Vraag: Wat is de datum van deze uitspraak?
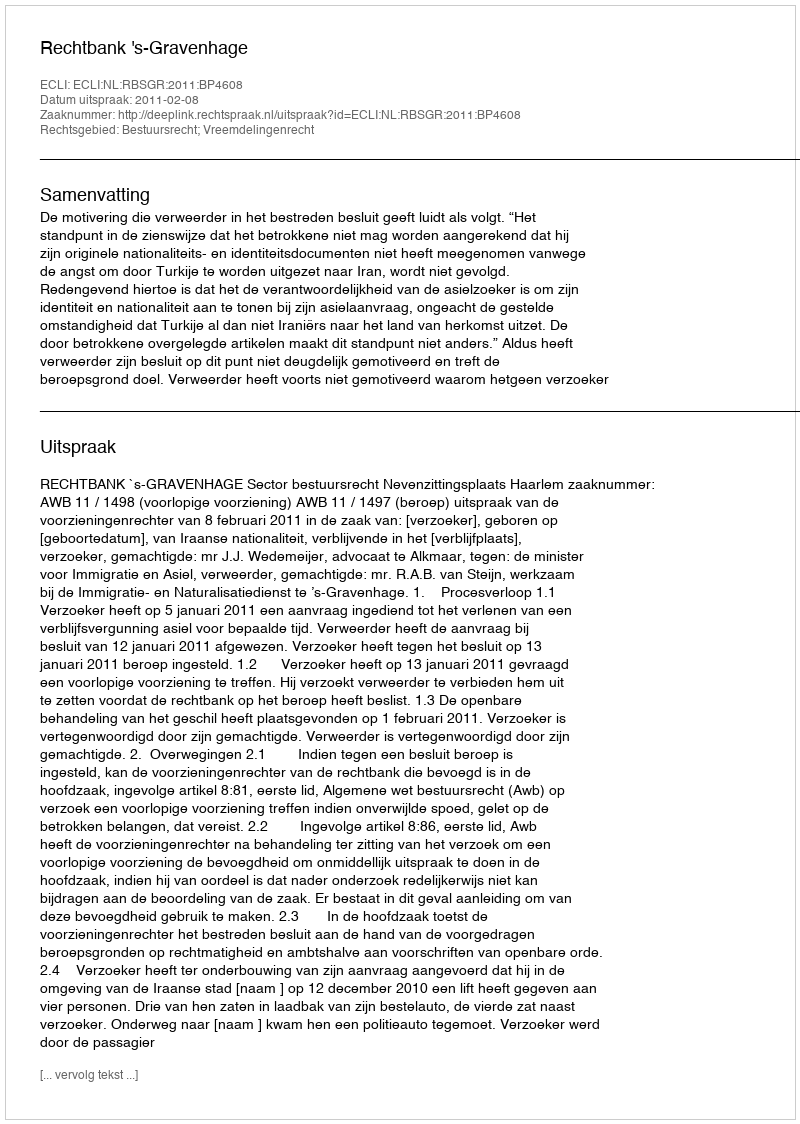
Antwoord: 2011-02-08